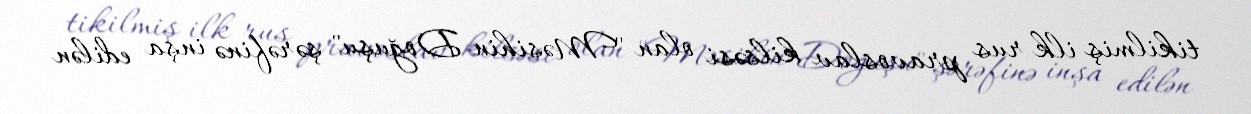
tikilmiş ilk rus pravoslav kilsəsi olan "Məsihin Doğuşu" şərəfinə inşa edilən